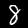
Label: 8